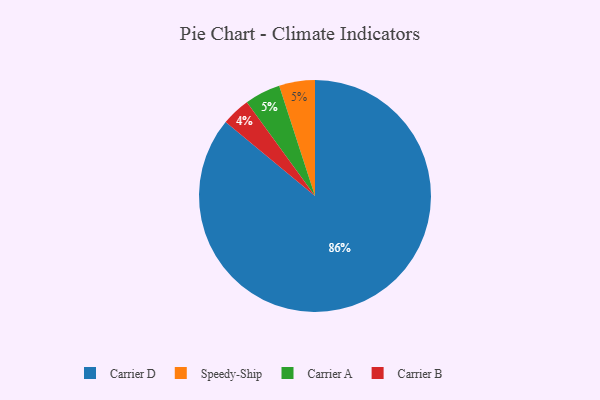
{"axis": {"x": "Category", "y": "Percentage"}, "legend": ["Carrier A", "Carrier B", "Carrier D", "Speedy-Ship"], "data": [{"x": "Speedy-Ship", "y": 5, "type": "Speedy-Ship"}, {"x": "Carrier A", "y": 5, "type": "Carrier A"}, {"x": "Carrier B", "y": 4, "type": "Carrier B"}, {"x": "Carrier D", "y": 86, "type": "Carrier D"}]}